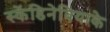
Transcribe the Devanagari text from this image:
स्केंडिनेवियाके